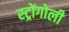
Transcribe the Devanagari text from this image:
स्ट्रोंगोली